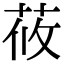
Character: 莜